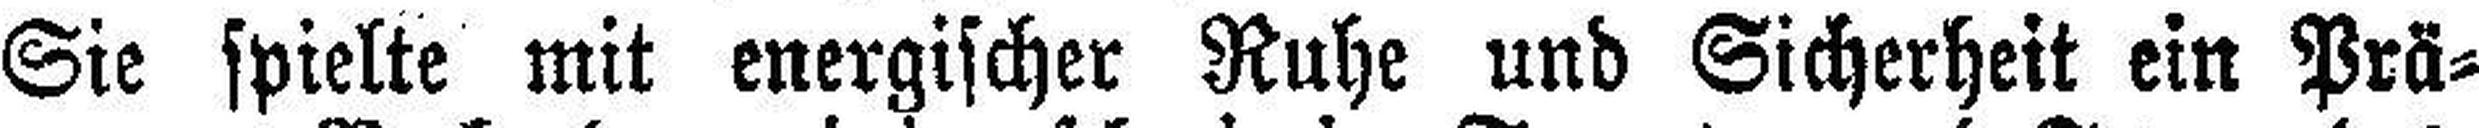
Sie spielte mit energischer Ruhe und Sicherheit ein Prä¬